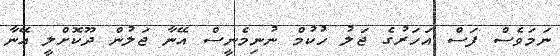
ނަމަވެސް ފަސް އަހަރުގެ ޖަލު ހުކުމް ނުނިމެނީސް އޭނާ ޖަލުން ދޫކޮށްލީ އޭނާ